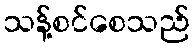
သန့်စင်စေသည်